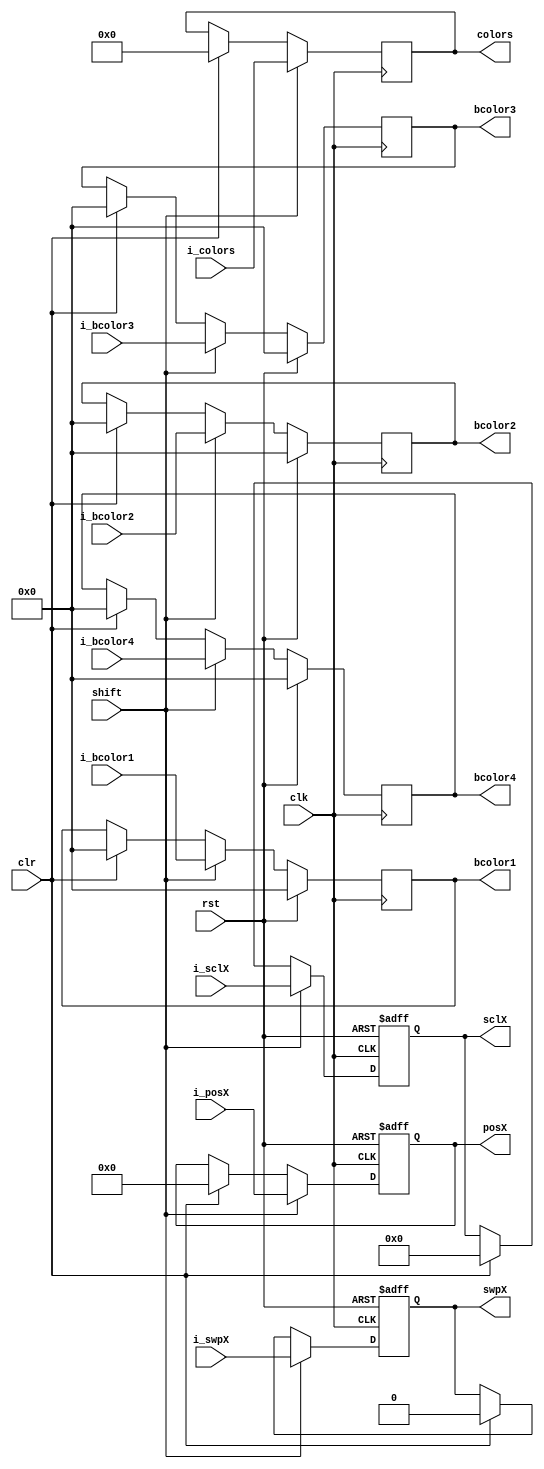
module shift(
	input clk,
	input rst,
	
	input clr,
	input shift,
	
	input[8:0] i_posX,
	input[3:0] i_sclX,
	input i_swpX,
	
	input[4:0] i_bcolor1,
	input[4:0] i_bcolor2,
	input[4:0] i_bcolor3,
	input[4:0] i_bcolor4,
	
	input[31:0] i_colors,
	
	output reg[8:0] posX,
	output reg[3:0] sclX,
	output reg swpX,
	
	output reg[4:0] bcolor1,
	output reg[4:0] bcolor2,
	output reg[4:0] bcolor3,
	output reg[4:0] bcolor4,
	
	output reg[31:0] colors
	
	
);


reg[8:0] f_posX;
reg[3:0] f_sclX;
reg f_swpX;
	
reg[4:0] f_bcolor1;
reg[4:0] f_bcolor2;
reg[4:0] f_bcolor3;
reg[4:0] f_bcolor4;
	
reg[31:0] f_colors;
	
always@(posedge clk or posedge rst)begin
	if(rst) begin
		posX <= 0;
		sclX <= 0;
		swpX <= 0;

	end else
	begin
		posX <= f_posX;
		sclX <= f_sclX;
		swpX <= f_swpX;
	end
end

always@(posedge clk) begin
	if(rst)begin
		bcolor1 <= 0;
		bcolor2 <= 0;
		bcolor3 <= 0;
		bcolor4 <= 0;
	end else
	begin
		bcolor1 <= f_bcolor1;
		bcolor2 <= f_bcolor2;
		bcolor3 <= f_bcolor3;
		bcolor4 <= f_bcolor4;
	end
end

always@(posedge clk) begin
	colors <= f_colors;
end

always@(*)begin
	
	f_colors = colors;
	
	if(clr) begin

		f_colors = 0;
	end
	
	if(shift)begin
	
		f_colors = i_colors;
	end
end


always@(*)begin
	f_posX = posX;
	f_sclX = sclX;
	f_swpX = swpX;
	
	if(clr) begin
		f_posX = 0;
		f_sclX = 0;
		f_swpX = 0;
		
	end
	
	if(shift)begin
		f_posX = i_posX;
		f_sclX = i_sclX;
		f_swpX = i_swpX;
	end
end


always@(*)begin

	
	f_bcolor1 = bcolor1;
	f_bcolor2 = bcolor2;
	f_bcolor3 = bcolor3;
	f_bcolor4 = bcolor4;
	
	
	if(clr) begin

		
		f_bcolor1 = 0;
		f_bcolor2 = 0;
		f_bcolor3 = 0;
		f_bcolor4 = 0;
		
	end
	
	if(shift)begin
		
		f_bcolor1 = i_bcolor1;
		f_bcolor2 = i_bcolor2;
		f_bcolor3 = i_bcolor3;
		f_bcolor4 = i_bcolor4;
		
	end
end


endmodule